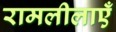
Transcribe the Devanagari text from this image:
रामलीलाएँ